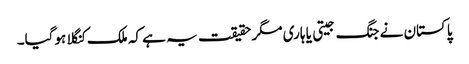
پاکستان نے جنگ جیتی یا ہاری مگر حقیقت یہ ہے کہ ملک کنگلا ہوگیا۔